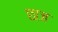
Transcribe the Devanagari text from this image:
छाज